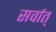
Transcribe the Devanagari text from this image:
सर्वात्